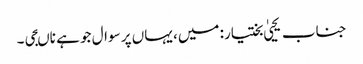
جناب یحییٰ بختیار: میں، یہاں پر سوال جو ہے ناںجی۔